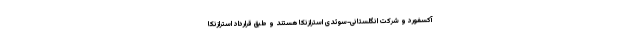
آکسفورد و شرکت انگلستانی-سوئدی استرازنکا هستند و طبق قرارداد استرازنکا